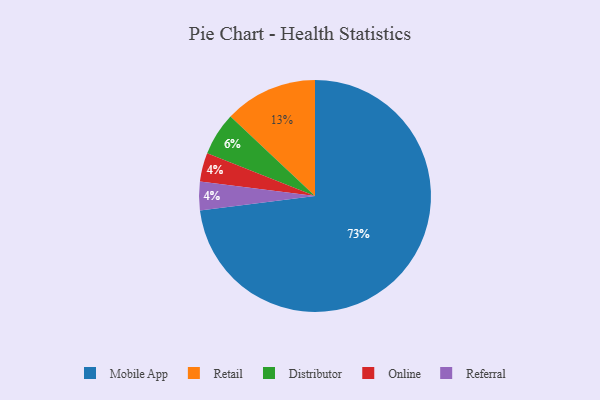
{"axis": {"x": "Category", "y": "Percentage"}, "legend": ["Distributor", "Mobile App", "Online", "Referral", "Retail"], "data": [{"x": "Online", "y": 4, "type": "Online"}, {"x": "Mobile App", "y": 73, "type": "Mobile App"}, {"x": "Distributor", "y": 6, "type": "Distributor"}, {"x": "Referral", "y": 4, "type": "Referral"}, {"x": "Retail", "y": 13, "type": "Retail"}]}